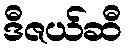
ဒီဇယ်ဆီ